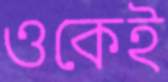
ওকেই